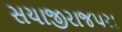
સયાજીરાજપરા